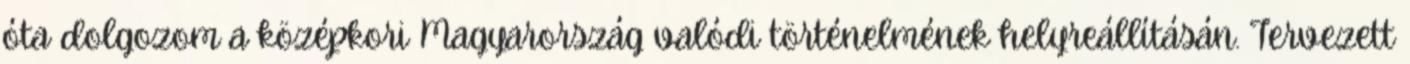
óta dolgozom a középkori Magyarország valódi történelmének helyreállításán. Tervezett